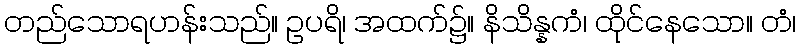
တည်သောရဟန်းသည်။ ဥပရိ၊ အထက်၌။ နိသိန္နကံ၊ ထိုင်နေသော။ တံ၊